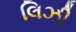
લિઝી